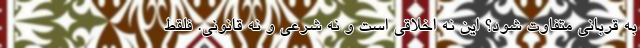
به قربانی متفاوت شود؟ اين نه اخلاقي است و نه شرعي و نه قانوني. فلقط